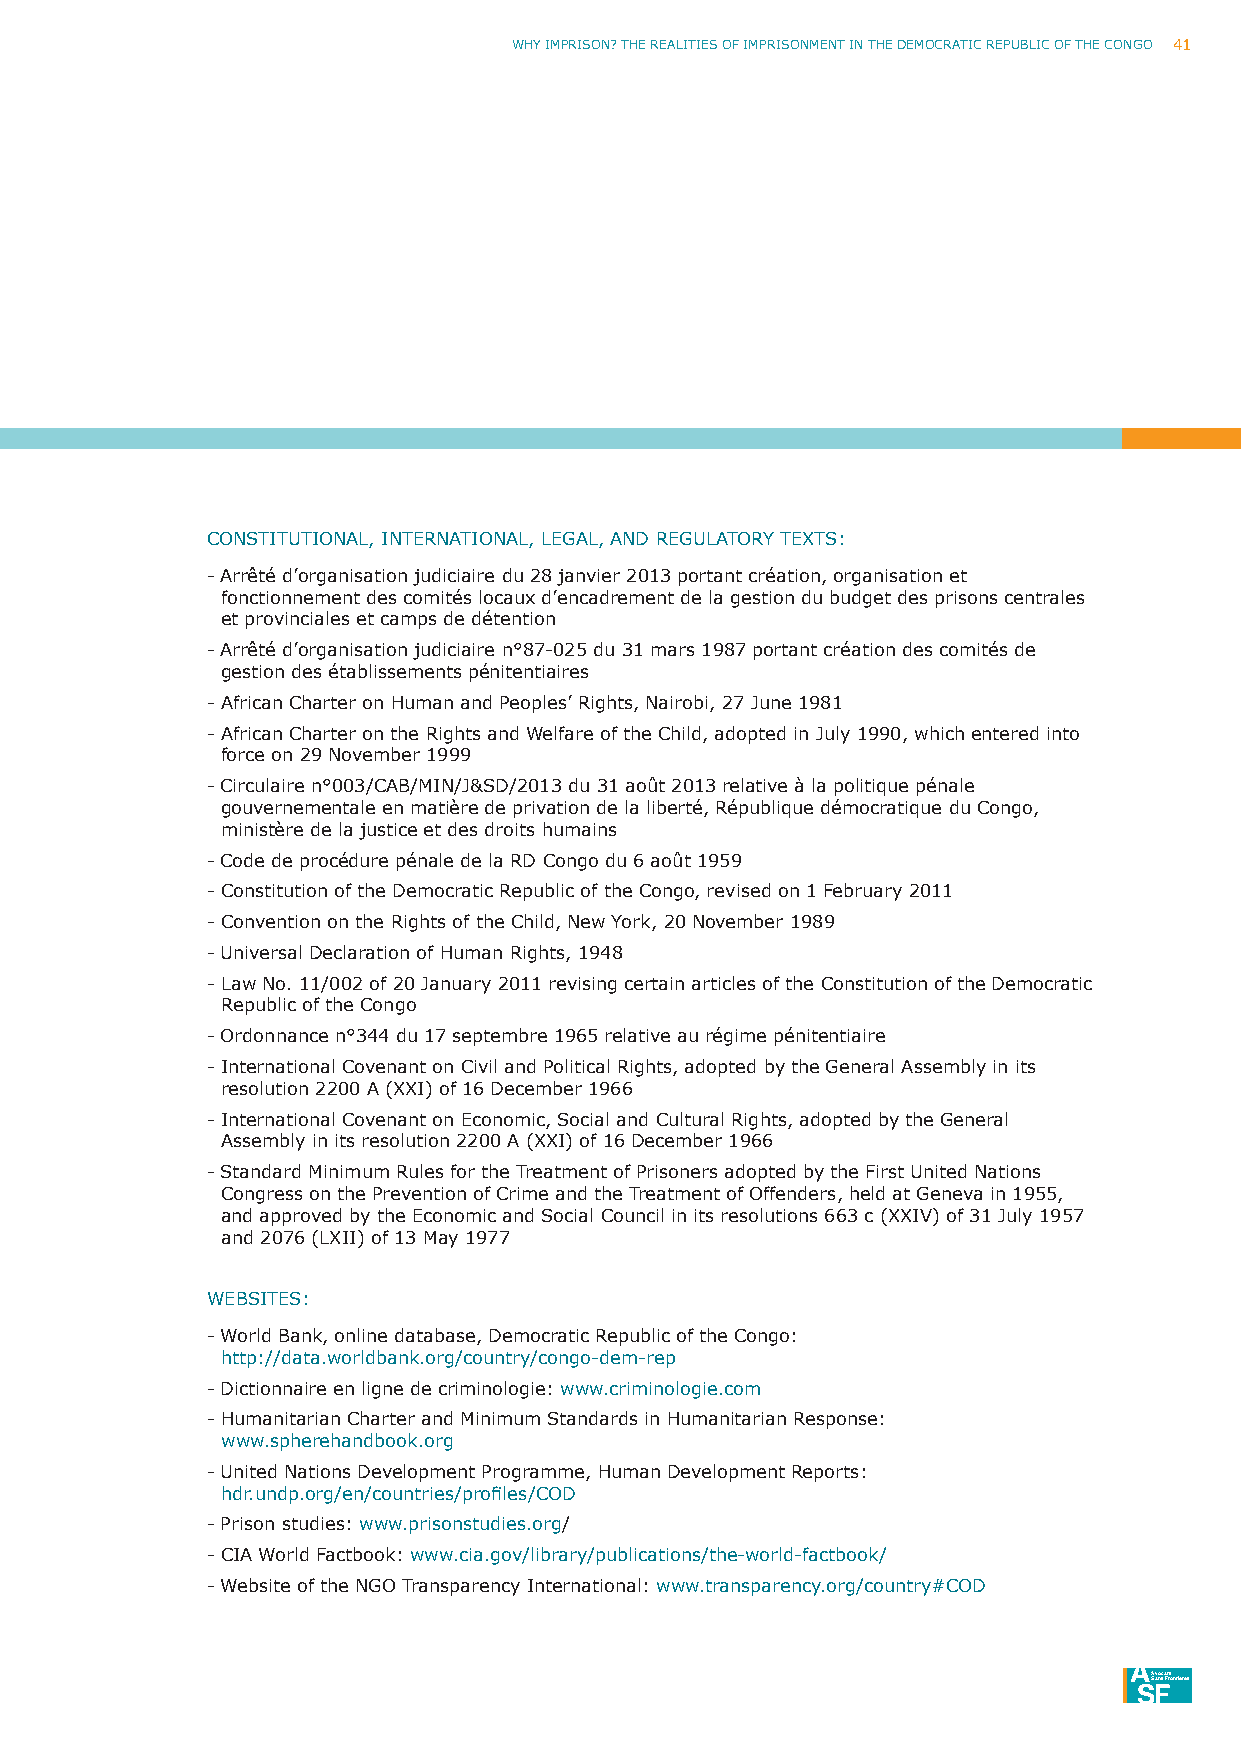
Why ImpRISoN? ThE REAlITIES oF ImpRISoNmENT IN ThE DEmoCRATIC REpuBlIC oF ThE CoNGo 41
 CoNSTITuTIoNAl, INTERNATIoNAl, lEGAl, AND REGulAToRy TEXTS:
 - Arrêté d’organisation judiciaire du 28 janvier 2013 portant création, organisation et
 fonctionnement des comités locaux d’encadrement de la gestion du budget des prisons centrales
 et provinciales et camps de détention
 - Arrêté d’organisation judiciaire n°87-025 du 31 mars 1987 portant création des comités de
 gestion des établissements pénitentiaires
 - African Charter on human and peoples’ Rights, Nairobi, 27 June 1981
 - African Charter on the Rights and Welfare of the Child, adopted in July 1990, which entered into
 force on 29 November 1999
 - Circulaire n°003/CAB/mIN/J&SD/2013 du 31 août 2013 relative à la politique pénale
 gouvernementale en matière de privation de la liberté, République démocratique du Congo,
 ministère de la justice et des droits humains
 - Code de procédure pénale de la RD Congo du 6 août 1959
 - Constitution of the Democratic Republic of the Congo, revised on 1 February 2011
 - Convention on the Rights of the Child, New york, 20 November 1989
 - universal Declaration of human Rights, 1948
 - law No. 11/002 of 20 January 2011 revising certain articles of the Constitution of the Democratic
 Republic of the Congo
 - ordonnance n°344 du 17 septembre 1965 relative au régime pénitentiaire
 - International Covenant on Civil and political Rights, adopted by the General Assembly in its
 resolution 2200 A (XXI) of 16 December 1966
 - International Covenant on Economic, Social and Cultural Rights, adopted by the General
 Assembly in its resolution 2200 A (XXI) of 16 December 1966
 - Standard minimum Rules for the Treatment of prisoners adopted by the First united Nations
 Congress on the prevention of Crime and the Treatment of offenders, held at Geneva in 1955,
 and approved by the Economic and Social Council in its resolutions 663 c (XXIV) of 31 July 1957
 and 2076 (lXII) of 13 may 1977
 WEBSITES:
 - W orld Bank, online database, Democratic Republic of the Congo:
 http://data.worldbank.org/country/congo-dem-rep
 - Dictionnaire en ligne de criminologie: www.criminologie.com
 - humanitarian Charter and minimum Standards in humanitarian Response:
 www.spherehandbook.org
 - united Nations Development programme, human Development Reports:
 hdr.undp.org/en/countries/profiles/COD
 - prison studies: www.prisonstudies.org/
 - CIA World Factbook: www.cia.gov/library/publications/the-world-factbook/
 - Website of the NGo Transparency International: www.transparency.org/country#CoD
 ASvaoncsa Ftrsontières